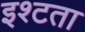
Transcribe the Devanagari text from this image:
इश्टता